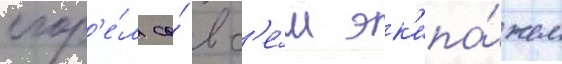
сгор'е́л со́ вс'е́м эк'ипа́жем